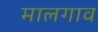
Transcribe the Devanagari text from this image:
मालगाव